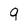
Character: 9